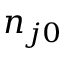
n _ { j 0 }